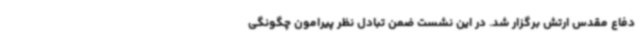
دفاع مقدس ارتش برگزار شد. در این نشست ضمن تبادل نظر پیرامون چگونگی